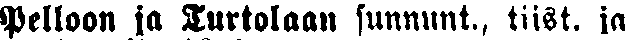
Pelloon ja Turtolaan sunnunt, tiist. ja